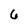
Character: 6